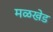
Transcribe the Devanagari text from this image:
मळखेड